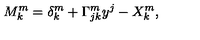
M _ { k } ^ { m } = \delta _ { k } ^ { m } + \Gamma _ { j k } ^ { m } y ^ { j } - X _ { k } ^ { m } ,